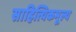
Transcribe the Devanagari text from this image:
साहित्यिकमूल्य